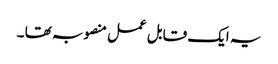
یہ ایک قابل عمل منصوبہ تھا ۔